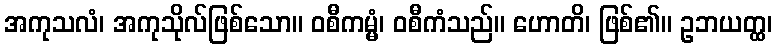
အကုသလံ၊ အကုသိုလ်ဖြစ်သော။ ဝစီကမ္မံ၊ ဝစီကံသည်။ ဟောတိ၊ ဖြစ်၏။ ဥဘယတ္ထ၊